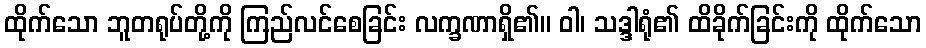
ထိုက်သော ဘူတရုပ်တို့ကို ကြည်လင်စေခြင်း လက္ခဏာရှိ၏။ ဝါ၊ သဒ္ဒါရုံ၏ ထိခိုက်ခြင်းကို ထိုက်သော